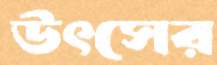
উৎসের